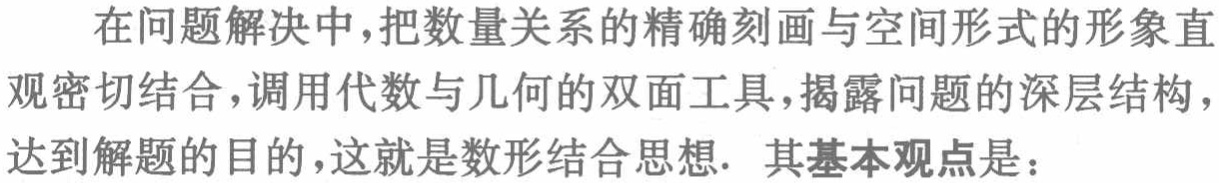
在问题解决中，把数量关系的精确刻画与空间形式的形象直
观密切结合，调用代数与几何的双面工具，揭露问题的深层结构，
达到解题的目的，这就是数形结合思想. 其基本观点是：